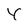
Character: Y